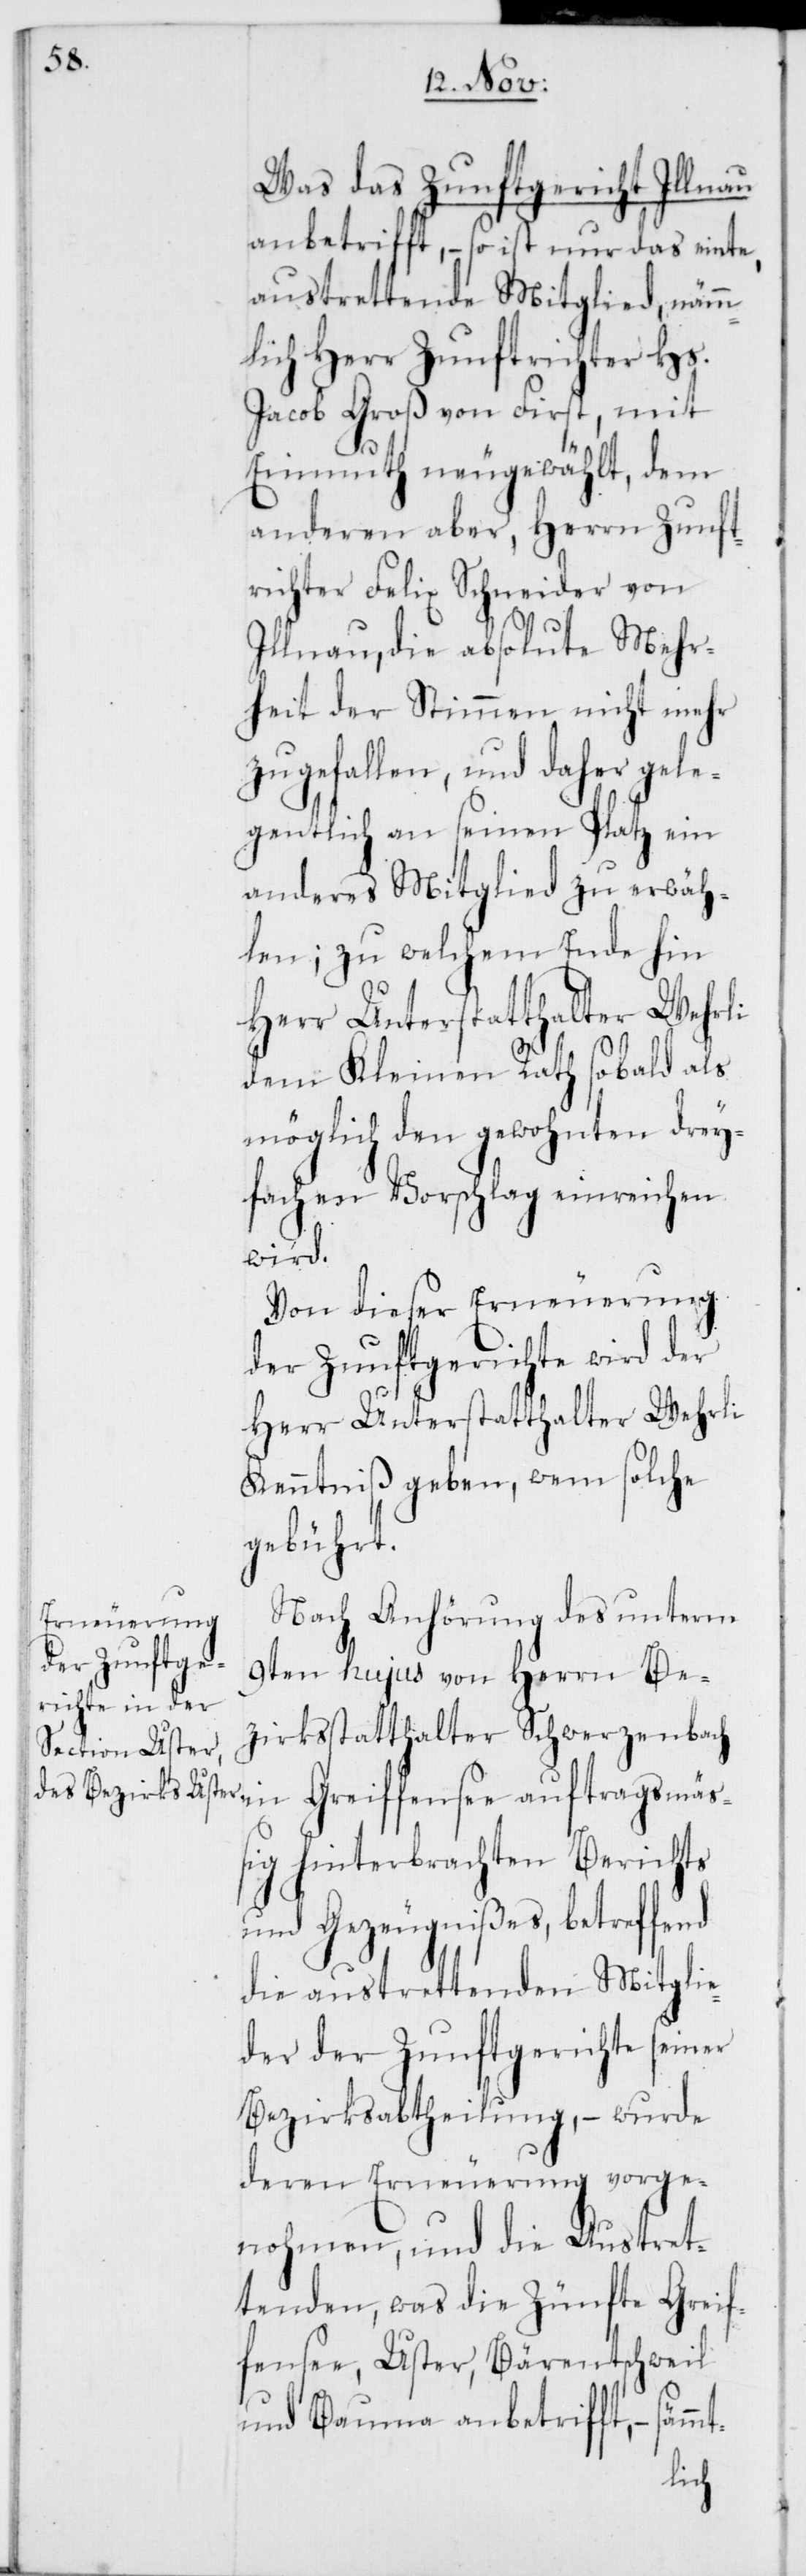
Was das Zunftgericht Illnau
anbetrifft, – so ist nur das einte,
austrettende Mitglied, nämm¬
lich Herr Zunftrichter Hs.
Jacob Groß von First, mit
Einmuth neugewählt, dem
anderen aber, Herr Zunft¬
richter Felix Schneider von
Illnau, die absolute Mehr¬
heit der Stimmen nicht mehr
zugefallen, und daher gele¬
gentlich an seinen Platz ein
anderes Mitglied zu erwäh¬
len; zu welchem Ende hin
Herr Unterstatthalter Wehrli
dem Kleinen Rath sobald als
möglich den gewohnten drey¬
fachen Vorschlag einreichen
wird.
Von dieser Erneuerung
der Zunftgerichte wird der
Herr Unterstatthalter Wehrli
Kenntniß geben, wem solche
gebührt.
Nach Anhörung des unterm
9ten hujus von Herrn Be¬
zirksstatthalter Schwerzenbach
hinterbrachten Berichts
und Gezeugnißes, betreffend
die austrettenden Mitglie¬
der der Zunftgerichte seiner
Bezirksabtheilung, – wurde
deren Erneuerung vorge¬
nohmen, und die Austret¬
tenden, was die Zünfte Grei¬
fensee, Uster, Bäretschweil
und Bauma anbetrifft, –